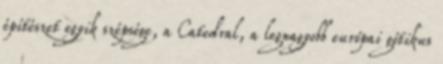
építészet egyik szépsége, a Catedral, a legnagyobb európai gótikus